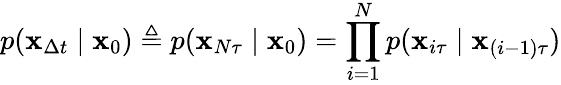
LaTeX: p(\mathbf{x}_{\Delta t}\mid\mathbf{x}_{0})\triangleq p(\mathbf{x}_{N\tau}\mid\mathbf{x}_{0})=\prod_{i=1}^{N}p(\mathbf{x}_{i\tau}\mid\mathbf{x}_{(i-1)\tau})